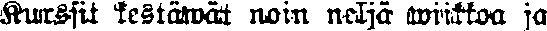
Kurssit kestäwät noin neljä wiikkoa ja